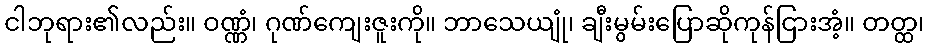
ငါဘုရား၏လည်း။ ဝဏ္ဏံ၊ ဂုဏ်ကျေးဇူးကို။ ဘာသေယျုံ၊ ချီးမွမ်းပြောဆိုကုန်ငြားအံ့။ တတ္ထ၊